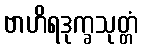
ဗာဟိရဒုက္ခသုတ္တံ